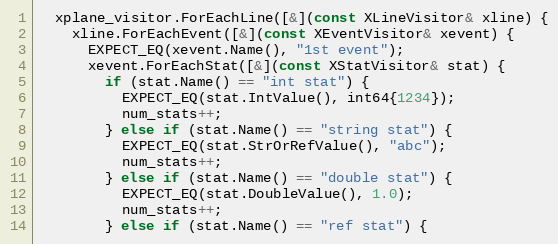
Language: C++
  xplane_visitor.ForEachLine([&](const XLineVisitor& xline) {
    xline.ForEachEvent([&](const XEventVisitor& xevent) {
      EXPECT_EQ(xevent.Name(), "1st event");
      xevent.ForEachStat([&](const XStatVisitor& stat) {
        if (stat.Name() == "int stat") {
          EXPECT_EQ(stat.IntValue(), int64{1234});
          num_stats++;
        } else if (stat.Name() == "string stat") {
          EXPECT_EQ(stat.StrOrRefValue(), "abc");
          num_stats++;
        } else if (stat.Name() == "double stat") {
          EXPECT_EQ(stat.DoubleValue(), 1.0);
          num_stats++;
        } else if (stat.Name() == "ref stat") {